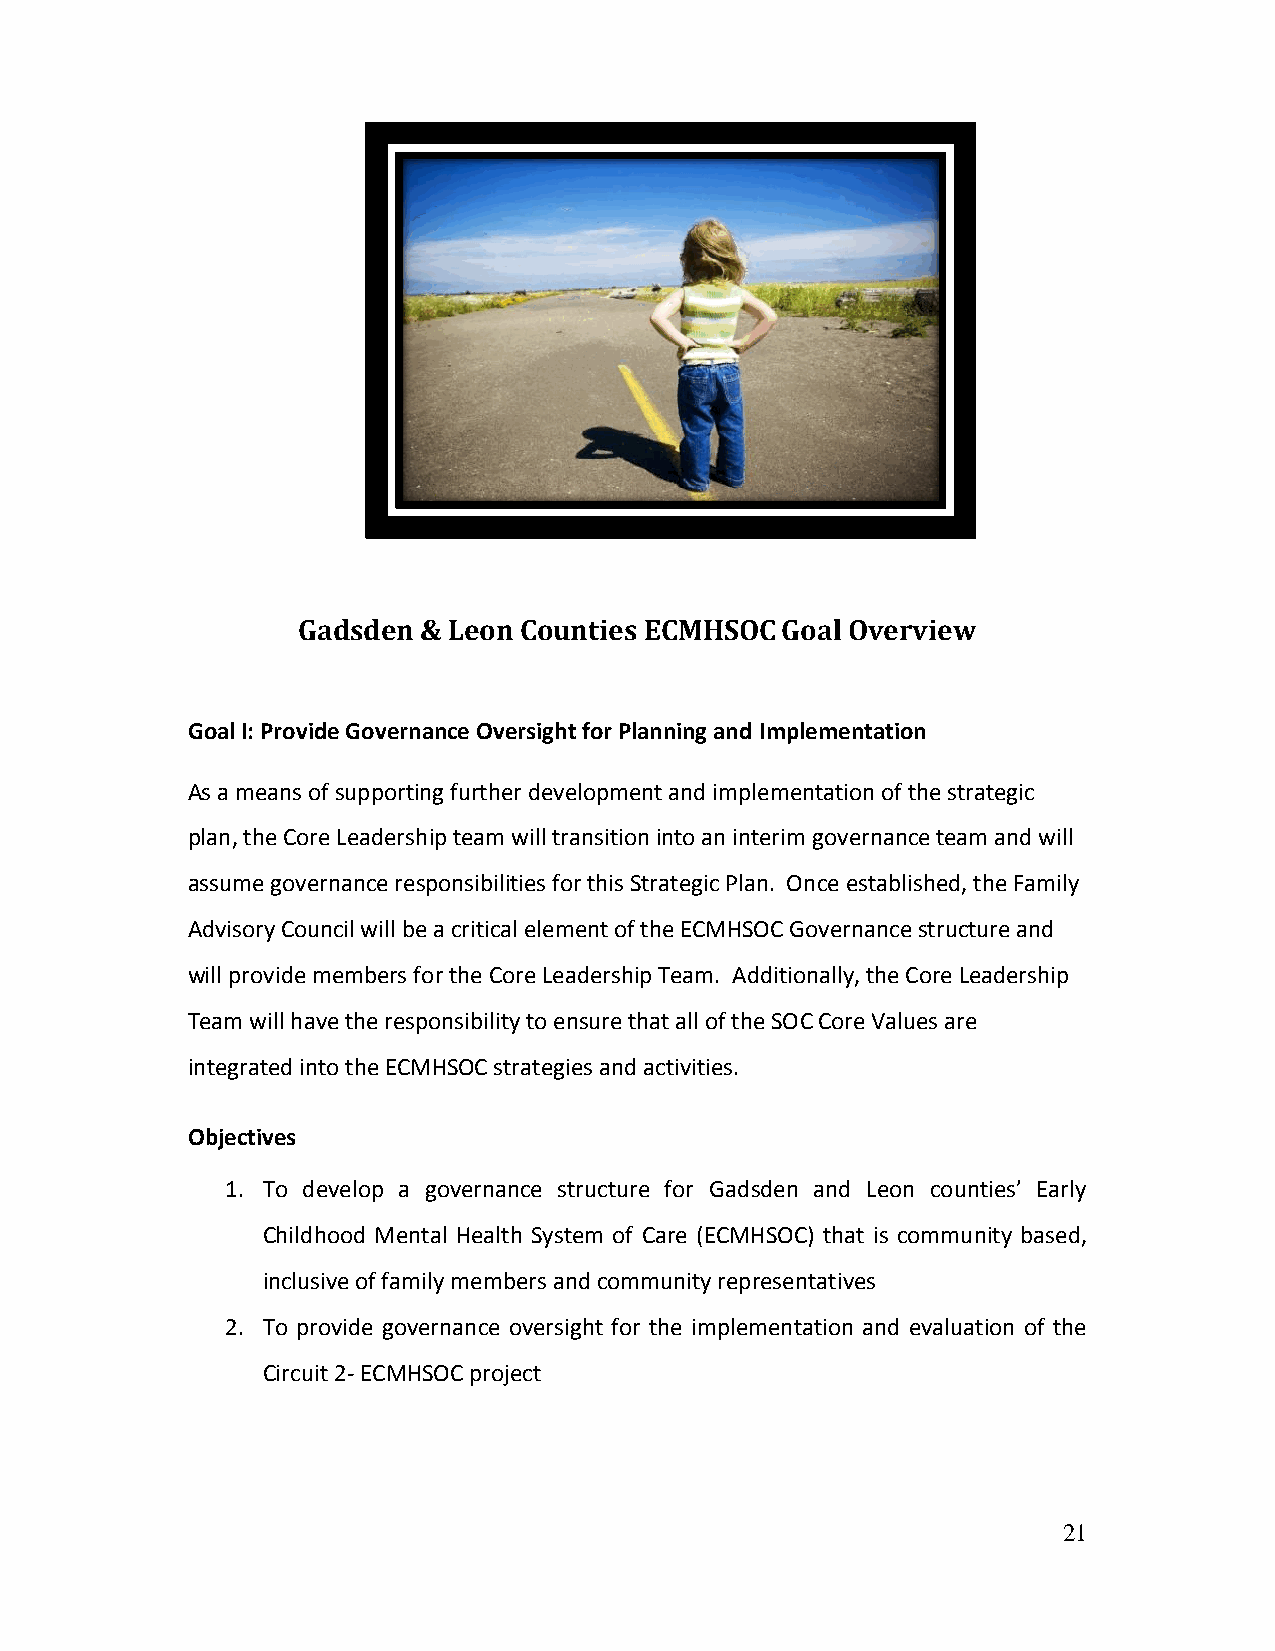
Gadsden & Leon Counties ECMHSOC Goal Overview
 Goal I: Provide Governance Oversight for Planning and Implementation
 As a means of supporting further development and implementation of the strategic
 plan, the Core Leadership team will transition into an interim governance team and will
 assume governance responsibilities for this Strategic Plan. Once established, the Family
 Advisory Council will be a critical element of the ECMHSOC Governance structure and
 will provide members for the Core Leadership Team. Additionally, the Core Leadership
 Team will have the responsibility to ensure that all of the SOC Core Values are
 integrated into the ECMHSOC strategies and activities.
 Objectives
 1. To develop a governance structure for Gadsden and Leon counties’ Early
 Childhood Mental Health System of Care (ECMHSOC) that is community based,
 inclusive of family members and community representatives
 2. To provide governance oversight for the implementation and evaluation of the
 Circuit 2- ECMHSOC project
 21